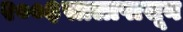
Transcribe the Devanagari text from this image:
२००३सालापासून